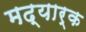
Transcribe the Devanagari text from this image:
मद्यार्क